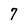
Character: 7